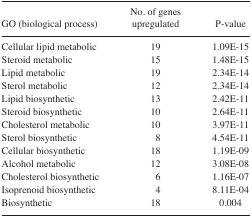
| GO (biological process) | No. of genes upregulated | P-value |
 | --- | --- | --- |
 | Cellular lipid metabolic | 19 | 1.09E-15 |
 | Steroid metabolic | 15 | 1.48E-15 |
 | Lipid metabolic | 19 | 2.34E-14 |
 | Sterol metabolic | 12 | 2.34E-14 |
 | Lipid biosynthetic | 13 | 2.42E-11 |
 | Steroid biosynthetic | 10 | 2.64E-11 |
 | Cholesterol metabolic | 10 | 3.97E-11 |
 | Sterol biosynthetic | 8 | 4.54E-11 |
 | Cellular biosynthetic | 18 | 1.19E-09 |
 | Alcohol metabolic | 12 | 3.08E-08 |
 | Cholesterol biosynthetic | 6 | 1.16E-07 |
 | Isoprenoid biosynthetic | 4 | 8.11E-04 |
 | Biosynthetic | 18 | 0.004 |